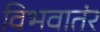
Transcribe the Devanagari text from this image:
विभवातंर